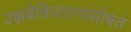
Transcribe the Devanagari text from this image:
उझबेकिस्तानासोबत